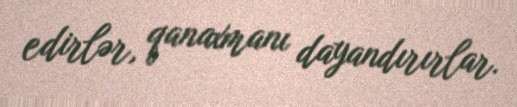
edirlər, qanaxmanı dayandırırlar.